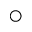
\bigcirc